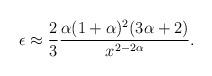
LaTeX: \begin{align*}\epsilon \approx \frac{2}{3} \frac{\alpha (1 + \alpha)^2 (3\alpha + 2)}{x^{2-2\alpha }}.\end{align*}